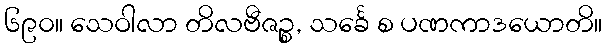
၆၉၀။ သေဝါလာ တိလဗီဇဉ္စ, သင်္ခေ စ ပဏကာဒယောတိ။